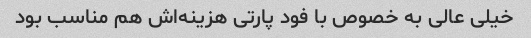
خیلی عالی به خصوص با فود پارتی هزینه‌اش هم مناسب بود